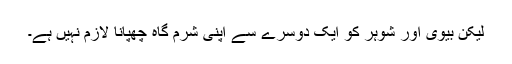
لیکن بیوی اور شوہر کو ایک دوسرے سے اپنی شرم گاہ چھپانا لازم نہیں ہے۔